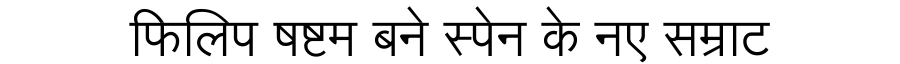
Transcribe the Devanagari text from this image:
फिलिप षष्टम बने स्पेन के नए सम्राट